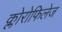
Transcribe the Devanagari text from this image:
क्लोरोफिलेज